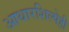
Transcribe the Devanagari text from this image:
आधारशिल्पेही